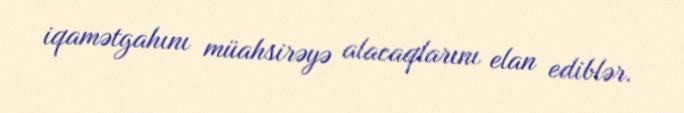
iqamətgahını müahsirəyə alacaqlarını elan ediblər.